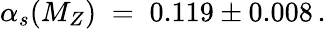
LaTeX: \alpha_{s}(M_{Z})\; =\; 0.119\pm 0.008\, .